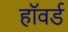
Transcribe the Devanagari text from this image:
हाॅवर्ड